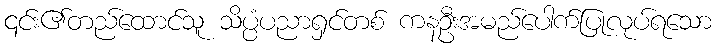
၎င်း၏တည်ထောင်သူ သိပ္ပံပညာရှင်တစ် ကနဦးအမည်ပေါက်ပြုလုပ်ရသော